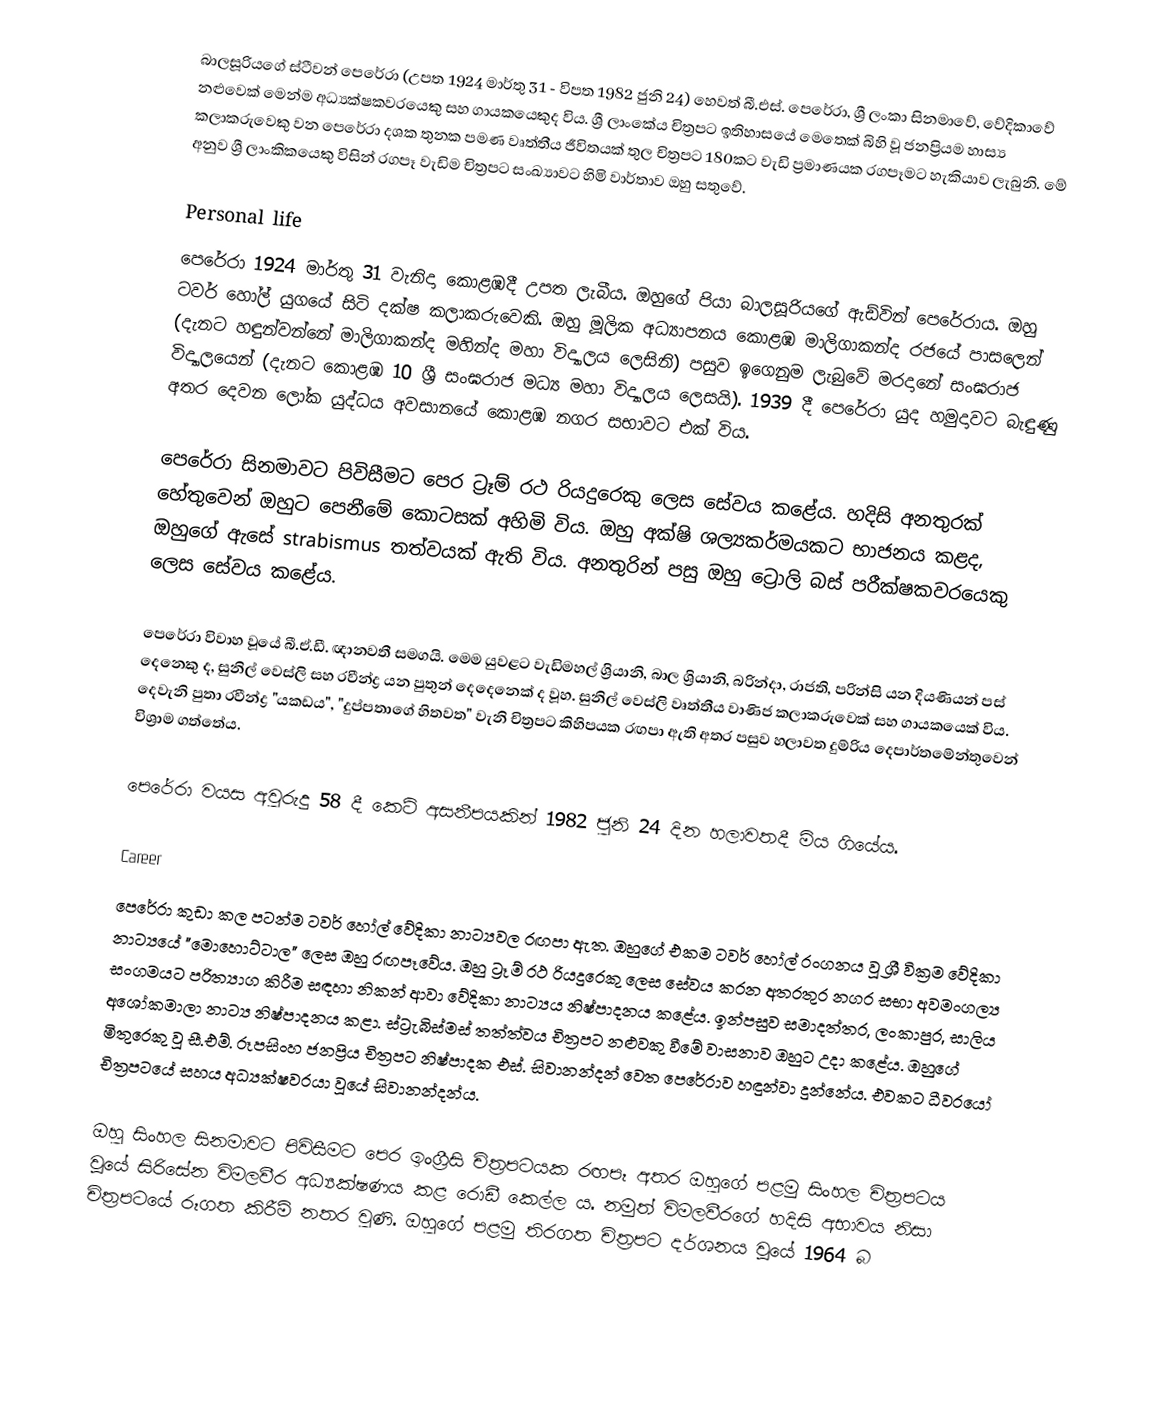
බාලසූරියගේ ස්ටීවන් පෙරේරා (උපත 1924 මාර්තු 31 - විපත 1982 ජුනි 24) හෙවත් බී.එස්. පෙරේරා, ශ්‍රී ලංකා සිනමාවේ, වේදිකාවේ නළුවෙක් මෙන්ම අධ්‍යක්ෂකවරයෙකු සහ ගායකයෙකුද විය. ශ්‍රී ලාංකේය චිත්‍රපට ඉතිහාසයේ මෙතෙක් බිහි වූ ජනප්‍රියම හාස්‍ය කලාකරුවෙකු වන පෙරේරා දශක තුනක පමණ වෘත්තීය ජීවිතයක් තුල චිත්‍රපට 180කට වැඩි ප්‍රමාණයක රගපෑමට හැකියාව ලැබුනි. මේ අනුව ශ්‍රී ලාංකිකයෙකු විසින් රගපෑ වැඩිම චිත්‍රපට සංඛ්‍යාවට හිමි වාර්තාව ඔහු සතුවේ.

Personal life
පෙරේරා 1924 මාර්තු 31 වැනිදා කොළඹදී උපත ලැබීය. ඔහුගේ පියා බාලසූරියගේ ඇඩ්වින් පෙරේරාය. ඔහු ටවර් හෝල් යුගයේ සිටි දක්ෂ කලාකරුවෙකි. ඔහු මූලික අධ්‍යාපනය කොළඹ මාලිගාකන්ද රජයේ පාසලෙන් (දැනට හඳුන්වන්නේ මාලිගාකන්ද මහින්ද මහා විද්‍යාලය ලෙසිනි) පසුව ඉගෙනුම ලැබුවේ මරදානේ සංඝරාජ විද්‍යාලයෙන් (දැනට කොළඹ 10 ශ්‍රී සංඝරාජ මධ්‍ය මහා විද්‍යාලය ලෙසයි). 1939 දී පෙරේරා යුද හමුදාවට බැඳුණු අතර දෙවන ලෝක යුද්ධය අවසානයේ කොළඹ නගර සභාවට එක් විය.

පෙරේරා සිනමාවට පිවිසීමට පෙර ට්‍රෑම් රථ රියදුරෙකු ලෙස සේවය කළේය. හදිසි අනතුරක් හේතුවෙන් ඔහුට පෙනීමේ කොටසක් අහිමි විය. ඔහු අක්ෂි ශල්‍යකර්මයකට භාජනය කළද, ඔහුගේ ඇසේ strabismus තත්වයක් ඇති විය. අනතුරින් පසු ඔහු ට්‍රොලි බස් පරීක්ෂකවරයෙකු ලෙස සේවය කළේය.

පෙරේරා විවාහ වූයේ බී.ඒ.ඩී. ඥානවතී සමගයි. මෙම යුවළට වැඩිමහල් ශ්‍රියානි, බාල ශ්‍රියානි, බ‍්‍රින්දා, රාජති, ප‍්‍රින්සි යන දියණියන් පස් දෙනෙකු ද, සුනිල් වෙස්ලි සහ රවීන්ද්‍ර යන පුතුන් දෙදෙනෙක් ද වූහ. සුනිල් වෙස්ලි වෘත්තීය වාණිජ කලාකරුවෙක් සහ ගායකයෙක් විය. දෙවැනි පුතා රවීන්ද්‍ර "යකඩය", "දුප්පතාගේ හිතවත" වැනි චිත්‍රපට කිහිපයක රඟපා ඇති අතර පසුව හලාවත දුම්රිය දෙපාර්තමේන්තුවෙන් විශ්‍රාම ගත්තේය.

පෙරේරා වයස අවුරුදු 58 දී කෙටි අසනීපයකින් 1982 ජුනි 24 දින හලාවතදී මිය ගියේය.

Career
පෙරේරා කුඩා කල පටන්ම ටවර් හෝල් වේදිකා නාට්‍යවල රඟපා ඇත. ඔහුගේ එකම ටවර් හෝල් රංගනය වූ ශ්‍රී වික්‍රම වේදිකා නාට්‍යයේ "මොහොට්ටාල" ලෙස ඔහු රඟපෑවේය. ඔහු ට්‍රෑම් රථ රියදුරෙකු ලෙස සේවය කරන අතරතුර නගර සභා අවමංගල්‍ය සංගමයට පරිත්‍යාග කිරීම සඳහා නිකන් ආවා වේදිකා නාට්‍යය නිෂ්පාදනය කළේය. ඉන්පසුව සමාදත්තර, ලංකාපුර, සාලිය අශෝකමාලා නාට්‍ය නිෂ්පාදනය කළා. ස්ට්‍රැබිස්මස් තත්ත්වය චිත්‍රපට නළුවකු වීමේ වාසනාව ඔහුට උදා කළේය. ඔහුගේ මිතුරෙකු වූ සී.එම්. රූපසිංහ ජනප්‍රිය චිත්‍රපට නිෂ්පාදක එස්. සිවානන්දන් වෙත පෙරේරාව හඳුන්වා දුන්නේය. එවකට ධීවරයෝ චිත්‍රපටයේ සහය අධ්‍යක්ෂවරයා වූයේ සිවානන්දන්ය.

ඔහු සිංහල සිනමාවට පිවිසීමට පෙර ඉංග්‍රීසි චිත්‍රපටයක රඟපෑ අතර ඔහුගේ පළමු සිංහල චිත්‍රපටය වූයේ සිරිසේන විමලවීර අධ්‍යක්ෂණය කළ රොඩී කෙල්ල ය. නමුත් විමලවීරගේ හදිසි අභාවය නිසා චිත්‍රපටයේ රූගත කිරීම් නතර වුණි. ඔහුගේ පළමු තිරගත චිත්‍රපට දර්ශනය වූයේ 1964 බ